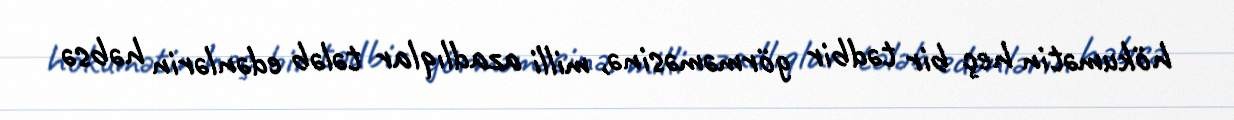
hökumətin heç bir tədbir görməməsinə, milli azadlıqlar tələb edənlərin həbsə